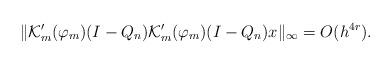
LaTeX: \begin{align*}\| \mathcal {K}_m' (\varphi_m) (I - Q_n) \mathcal {K}_m' (\varphi_m) (I - Q_n) x \|_\infty = O (h^{4 r}).\end{align*}